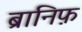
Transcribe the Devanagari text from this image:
ब्रानिफ़